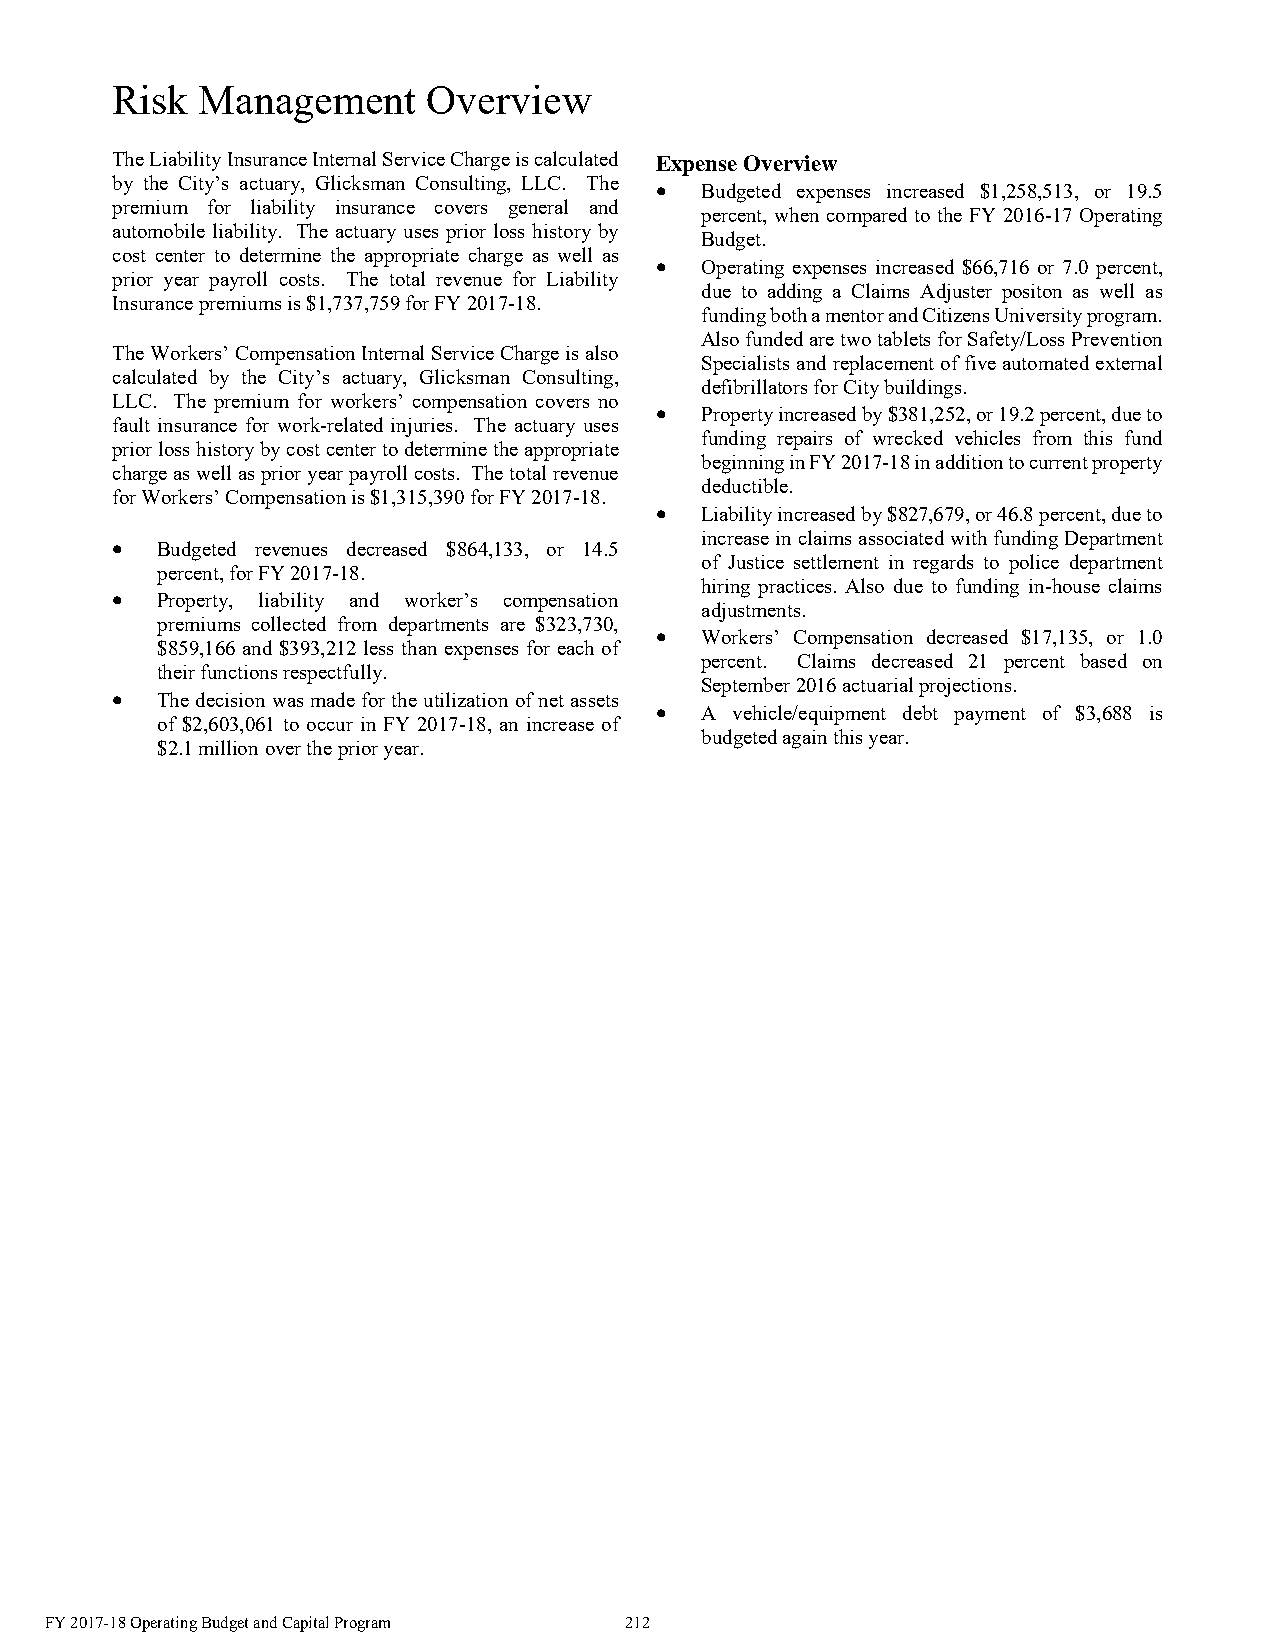
Risk  Management     Overview
 The Liability Insurance Internal Service Charge is calculated Expense Overview
 by the City’s actuary, Glicksman Consulting, LLC. The  Budgeted expenses increased $1,258,513, or 19.5
 premium for liability insurance covers general and
 percent, when compared to the FY 2016-17 Operating
 automobile liability. The actuary uses prior loss history by
 Budget.
 cost center to determine the appropriate charge as well as
   Operating expenses increased $66,716 or 7.0 percent,
 prior year payroll costs. The total revenue for Liability
 due to adding a Claims Adjuster positon as well as
 Insurance premiums is $1,737,759 for FY 2017-18.
 funding both a mentor and Citizens University program.
 Also funded are two tablets for Safety/Loss Prevention
 The Workers’ Compensation Internal Service Charge is also
 Specialists and replacement of five automated external
 calculated by the City’s actuary, Glicksman Consulting,
 defibrillators for City buildings.
 LLC. The premium for workers’ compensation covers no
   Property increased by $381,252, or 19.2 percent, due to
 fault insurance for work-related injuries. The actuary uses
 funding repairs of wrecked vehicles from this fund
 prior loss history by cost center to determine the appropriate
 beginning in FY 2017-18 in addition to current property
 charge as well as prior year payroll costs. The total revenue
 deductible.
 for Workers’ Compensation is $1,315,390 for FY 2017-18.
   Liability increased by $827,679, or 46.8 percent, due to
 increase in claims associated with funding Department
   Budgeted revenues decreased $864,133, or 14.5
 of Justice settlement in regards to police department
 percent, for FY 2017-18.
 hiring practices. Also due to funding in-house claims
   Property, liability and worker’s compensation
 adjustments.
 premiums collected from departments are $323,730,
   Workers’ Compensation decreased $17,135, or 1.0
 $859,166 and $393,212 less than expenses for each of
 percent. Claims decreased 21 percent based on
 their functions respectfully.
 September 2016 actuarial projections.
   The decision was made for the utilization of net assets
   A vehicle/equipment debt payment of $3,688 is
 of $2,603,061 to occur in FY 2017-18, an increase of
 budgeted again this year.
 $2.1 million over the prior year.
 FY 2017-18 Operating Budget and Capital Program 212